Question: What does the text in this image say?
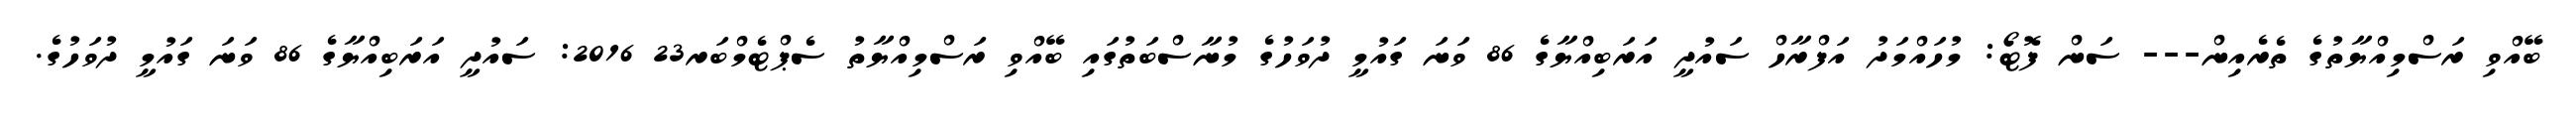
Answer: ބޭއްވި ރަސްމިއްޔާތުގެ ތެރެއިން--- ސަން ފޮޓޯ: މުހައްމަދު އަފްރާހް ސައުދީ އަރަބިއްޔާގެ 86 ވަނަ ގައުމީ ދުވަހުގެ މުނާސްބަތުގައި ބޭއްވި ރަސްމިއްޔާތު ސެޕްޓެމްބަރ23 2016: ސައުދީ އަރަބިއްޔާގެ 86 ވަނަ ގައުމީ ދުވަހުގެ.